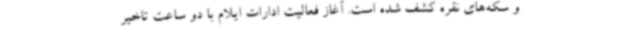
و سکه‌های نقره کشف شده است. آغاز فعالیت ادارات ایلام با دو ساعت تاخیر